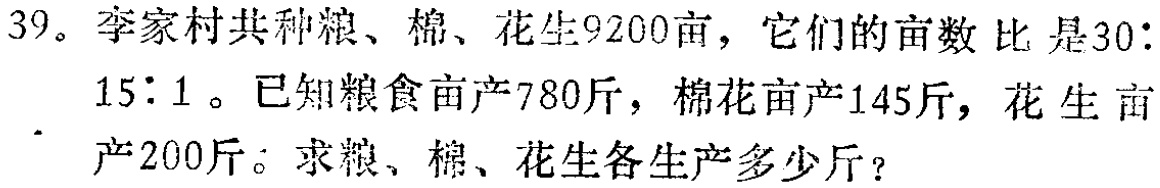
39。李家村共种粮、棉、花生9200亩，它们的亩数 比 是30：

15：1 。已知粮食亩产780斤，棉花亩产145斤，花 生 亩

产200斤。求粮、棉、花生各生产多少斤？